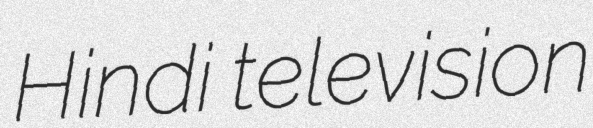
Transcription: Hindi television